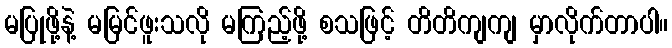
မပြုဖို့နဲ့ မမြင်ဖူးသလို မကြည့်ဖို့ စသဖြင့် တိတိကျကျ မှာလိုက်တာပါ။